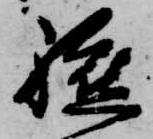
軈